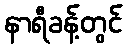
နာရီခန့်တွင်